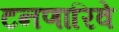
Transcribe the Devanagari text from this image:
टनणारिवे